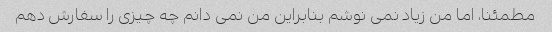
مطمئنا، اما من زیاد نمی نوشم بنابراین من نمی دانم چه چیزی را سفارش دهم